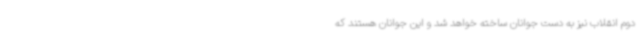
دوم انقلاب نیز به دست جوانان ساخته خواهد شد و این جوانان هستند که